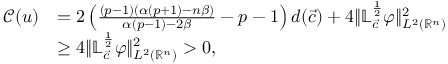
\begin{array} { r l } { \mathscr { C } ( u ) } & { = 2 \left( \frac { ( p - 1 ) ( \alpha ( p + 1 ) - n \beta ) } { \alpha ( p - 1 ) - 2 \beta } - p - 1 \right) d ( \vec { c } ) + 4 \| \mathbb { L } _ { \vec { c } } ^ { \frac 1 2 } \varphi \| _ { L ^ { 2 } ( { \mathbb { R } ^ { n } } ) } ^ { 2 } } \\ & { \geq 4 \| \mathbb { L } _ { \vec { c } } ^ { \frac 1 2 } \varphi \| _ { L ^ { 2 } ( { \mathbb { R } ^ { n } } ) } ^ { 2 } > 0 , } \end{array}